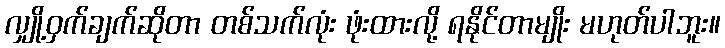
လျှို့ဝှက်ချက်ဆိုတာ တစ်သက်လုံး ဖုံးထားလို့ ရနိုင်တာမျိုး မဟုတ်ပါဘူး။